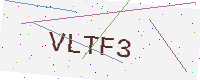
Text: VLTF3